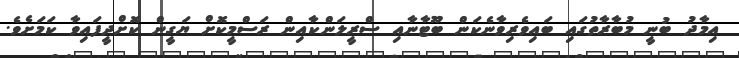
އިމާދު ބުނީ މުބާރާތުގައި ބައިވެރިވާނެކަން ބޫޓާނާއި ސްރީލަންކާއިން ރަސްމީކޮށް ޔަގީން ކޮށްދީފައިވާ ކަމަށެވެ.